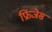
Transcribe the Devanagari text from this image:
फ्रिंजेस